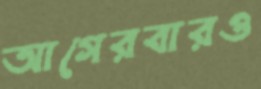
আগেরবারও